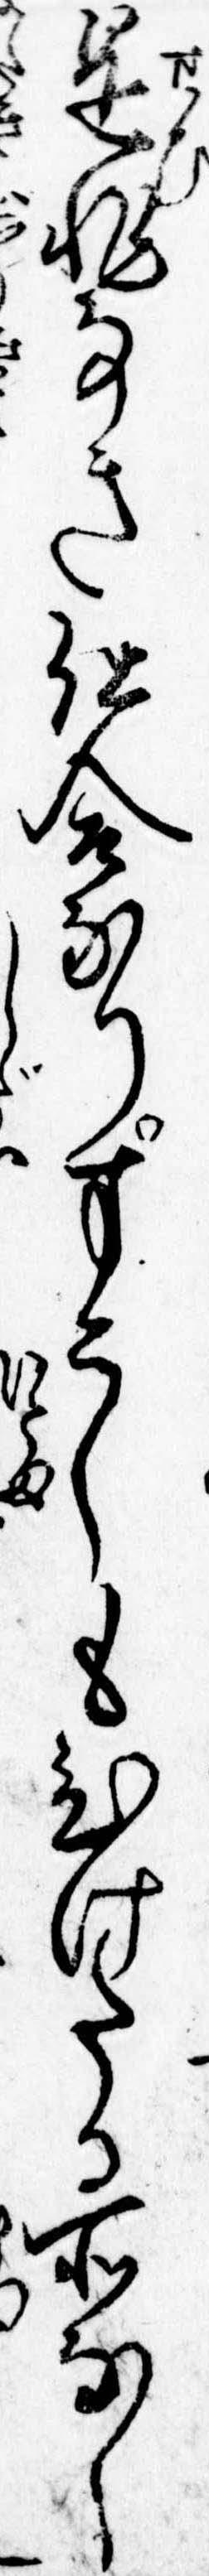
是非なき仕合なりすこしもひけたる所なし